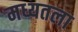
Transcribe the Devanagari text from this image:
मध्यतला